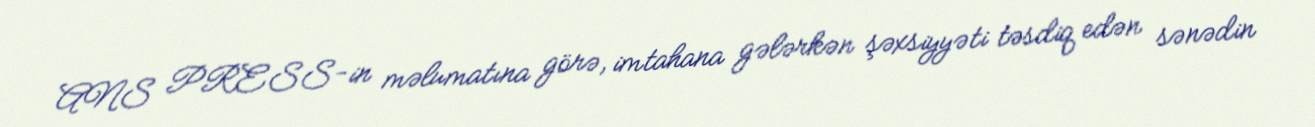
ANS PRESS-in məlumatına görə, imtahana gələrkən şəxsiyyəti təsdiq edən sənədin